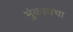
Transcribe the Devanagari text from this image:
भुंकायचा